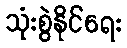
သုံးစွဲနိုင်ရေး